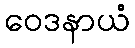
ဝေဒနာယံ